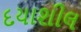
દયાશીલ